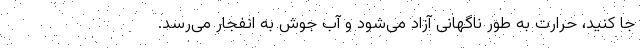
جا کنید، حرارت به طور ناگهانی آزاد می‌شود و آب جوش به انفجار می‌رسد.